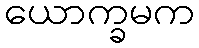
ယောက္ခမက